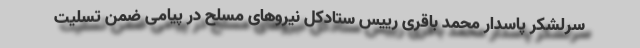
سرلشکر پاسدار محمد باقری رییس ستادکل نیروهای مسلح در پیامی ضمن تسلیت